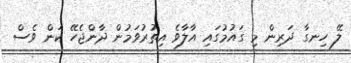
ލޭ ހިނގާ ދަރިން މި ގައުމުގައި އާލާވެ އިތުރުވަމުން ދާންޖެހޭ ކަން ވެސް